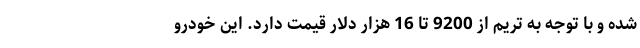
شده و با توجه به تریم از 9200 تا 16 هزار دلار قیمت دارد. این خودرو